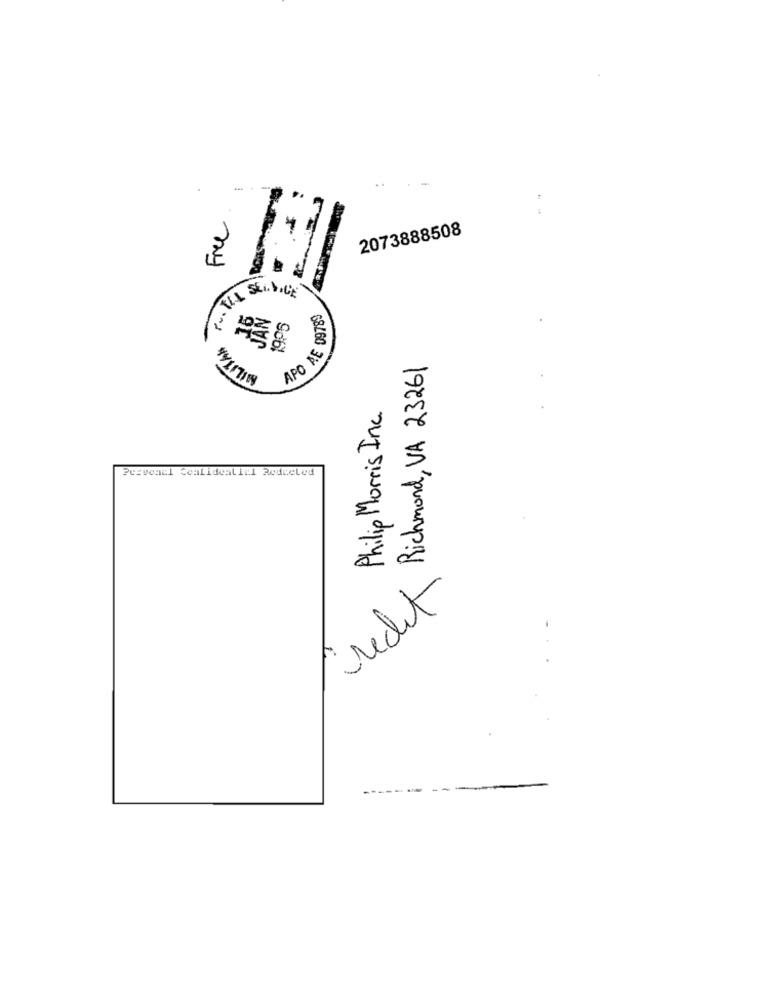
Free
2073888508
APO DE 09789
MILITAR
906,
Richmond, VA 23261
Philip Morris Inc.
Pervonul Cealidealicl Bedreled
recht
-